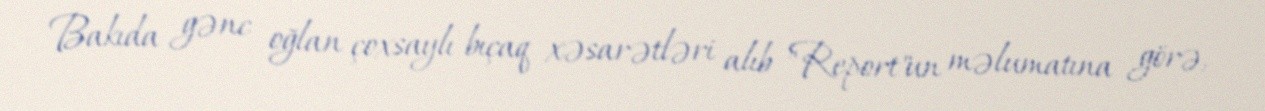
Bakıda gənc oğlan çoxsaylı bıçaq xəsarətləri alıb "Report"un məlumatına görə,